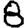
Digit: 8